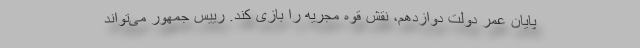
پایان عمر دولت دوازدهم، نقش قوه مجریه را بازی کند. رییس جمهور می‌تواند